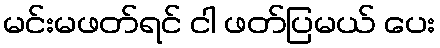
မင်းမဖတ်ရင် ငါ ဖတ်ပြမယ် ပေး